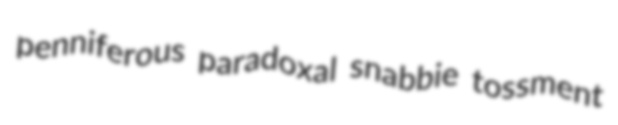
penniferous paradoxal snabbie tossment